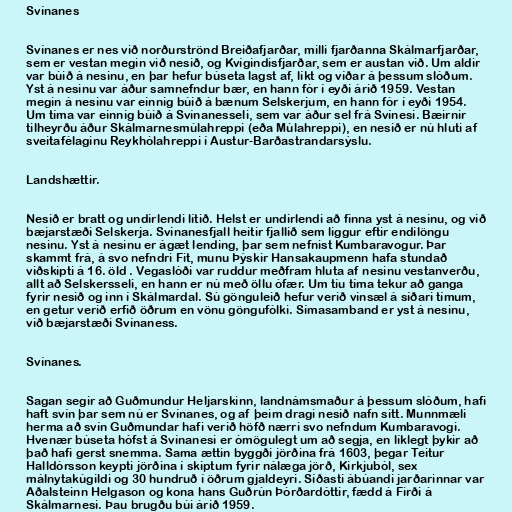
Svínanes

Svínanes er nes við norðurströnd Breiðafjarðar, milli fjarðanna Skálmarfjarðar,
sem er vestan megin við nesið, og Kvígindisfjarðar, sem er austan við. Um aldir
var búið á nesinu, en þar hefur búseta lagst af, líkt og víðar á þessum slóðum.
Yst á nesinu var áður samnefndur bær, en hann fór í eyði árið 1959. Vestan
megin á nesinu var einnig búið á bænum Selskerjum, en hann fór í eyði 1954.
Um tíma var einnig búið á Svínanesseli, sem var áður sel frá Svínesi. Bæirnir
tilheyrðu áður Skálmarnesmúlahreppi (eða Múlahreppi), en nesið er nú hluti af
sveitafélaginu Reykhólahreppi í Austur-Barðastrandarsýslu.

Landshættir.

Nesið er bratt og undirlendi lítið. Helst er undirlendi að finna yst á nesinu, og við
bæjarstæði Selskerja. Svínanesfjall heitir fjallið sem liggur eftir endilöngu
nesinu. Yst á nesinu er ágæt lending, þar sem nefnist Kumbaravogur. Þar
skammt frá, á svo nefndri Fit, munu Þýskir Hansakaupmenn hafa stundað
viðskipti á 16. öld . Vegaslóði var ruddur meðfram hluta af nesinu vestanverðu,
allt að Selskersseli, en hann er nú með öllu ófær. Um tíu tíma tekur að ganga
fyrir nesið og inn í Skálmardal. Sú gönguleið hefur verið vinsæl á síðari tímum,
en getur verið erfið öðrum en vönu göngufólki. Símasamband er yst á nesinu,
við bæjarstæði Svínaness.

Svínanes.

Sagan segir að Guðmundur Heljarskinn, landnámsmaður á þessum slóðum, hafi
haft svín þar sem nú er Svínanes, og af þeim dragi nesið nafn sitt. Munnmæli
herma að svín Guðmundar hafi verið höfð nærri svo nefndum Kumbaravogi.
Hvenær búseta hófst á Svínanesi er ómögulegt um að segja, en líklegt þykir að
það hafi gerst snemma. Sama ættin byggði jörðina frá 1603, þegar Teitur
Halldórsson keypti jörðina í skiptum fyrir nálæga jörð, Kirkjuból, sex
málnytakúgildi og 30 hundruð í öðrum gjaldeyri. Síðasti ábúandi jarðarinnar var
Aðalsteinn Helgason og kona hans Guðrún Þórðardóttir, fædd á Firði á
Skálmarnesi. Þau brugðu búi árið 1959.